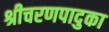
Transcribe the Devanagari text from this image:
श्रीचरणपादुका